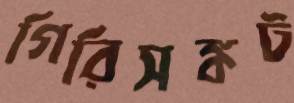
গিরিসঙ্কট